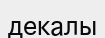
декалы